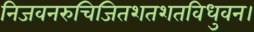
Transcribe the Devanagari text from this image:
निजवनरुचिजितशतशतविधुवन।